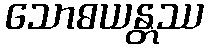
သောဓယန္တဿ